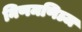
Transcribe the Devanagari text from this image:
निणमणिञ्ज